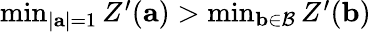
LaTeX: \begin{array}{r}{\operatorname*{min}_{|\mathbf{a}|=1}Z^{\prime}(\mathbf{a})>\operatorname*{min}_{\mathbf{b}\in\mathcal{B}}Z^{\prime}(\mathbf{b})}\end{array}